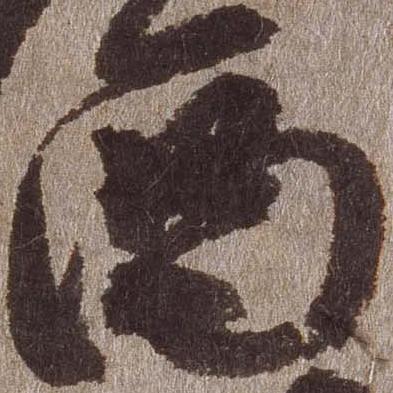
西